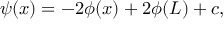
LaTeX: \psi ( x ) = - 2 \phi ( x ) + 2 \phi ( L ) + c ,